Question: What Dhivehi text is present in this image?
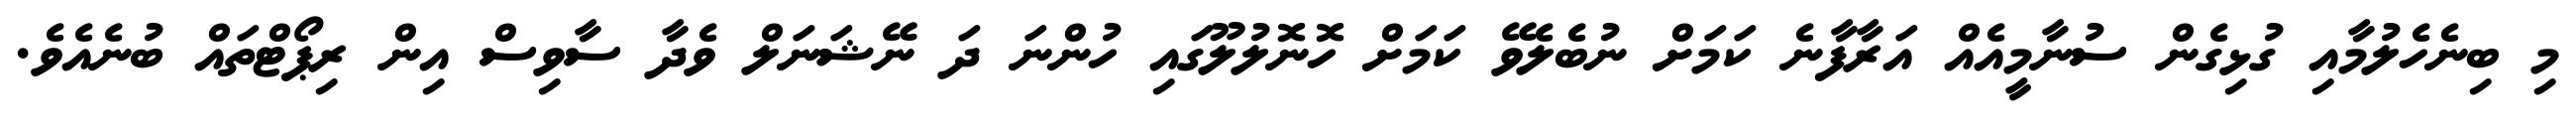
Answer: މި ބިނެހެލުމާއި ގުޅިގެން ސުނާމީއެއް އަރާފާނެ ކަމަށް ނުބެލެވޭ ކަމަށް ހޮނޮލުލޫގައި ހުންނަ ދަ ނޭޝަނަލް ވެދާ ސާވިސް އިން ރިޕޯޓްތައް ބުނެއެވެ.